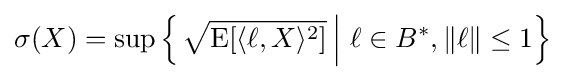
\sigma (X)=\sup \left\{\left.{\sqrt {\operatorname {E} [\langle \ell ,X\rangle ^{2}]}}\,\right|\,\ell \in B^{\ast },\|\ell \|\leq 1\right\}